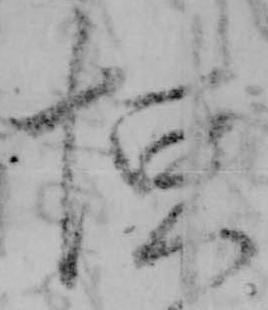
悚